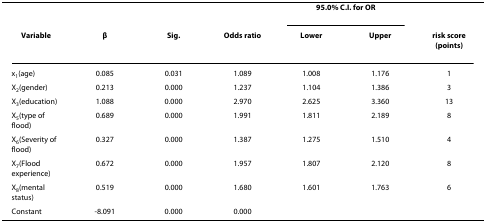
<table><thead><tr><td></td><td></td><td></td><td></td><td colspan="2"><b>95.0% C.I. for OR</b></td><td></td></tr><tr><td><b>Variable</b></td><td><b>β</b></td><td><b>Sig.</b></td><td><b>Odds ratio</b></td><td><b>Lower</b></td><td><b>Upper</b></td><td><b>risk score (points)</b></td></tr></thead><tbody><tr><td>x<sub>1</sub>(age)</td><td>0.085</td><td>0.031</td><td>1.089</td><td>1.008</td><td>1.176</td><td>1</td></tr><tr><td>X<sub>2</sub>(gender)</td><td>0.213</td><td>0.000</td><td>1.237</td><td>1.104</td><td>1.386</td><td>3</td></tr><tr><td>X<sub>3</sub>(education)</td><td>1.088</td><td>0.000</td><td>2.970</td><td>2.625</td><td>3.360</td><td>13</td></tr><tr><td>X<sub>5</sub>(type of flood)</td><td>0.689</td><td>0.000</td><td>1.991</td><td>1.811</td><td>2.189</td><td>8</td></tr><tr><td>X<sub>6</sub>(Severity of flood)</td><td>0.327</td><td>0.000</td><td>1.387</td><td>1.275</td><td>1.510</td><td>4</td></tr><tr><td>X<sub>7</sub>(Flood experience)</td><td>0.672</td><td>0.000</td><td>1.957</td><td>1.807</td><td>2.120</td><td>8</td></tr><tr><td>X<sub>8</sub>(mental status)</td><td>0.519</td><td>0.000</td><td>1.680</td><td>1.601</td><td>1.763</td><td>6</td></tr><tr><td>Constant</td><td>-8.091</td><td>0.000</td><td>0.000</td><td></td><td></td><td></td></tr></tbody></table>